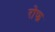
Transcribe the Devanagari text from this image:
रोफ